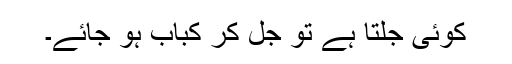
کوئی جلتا ہے تو جل کر کباب ہو جائے۔